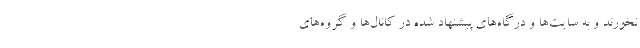
نخورند و به سایت‌ها و درگاه‌های پیشنهاد شده در کانال‌ها و گروه‌های